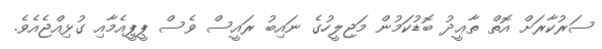
ސަރުކާރަށް އޮތް ތާޢީދު ބޮޑުކަމުން މަޖިލީހުގެ ނައިބު ރައީސް ވެސް ޕީޕީއެމާއި ގުޅިއްޖެއެވެ.